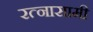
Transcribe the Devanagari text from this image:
रत्नासामी